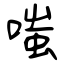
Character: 嗤